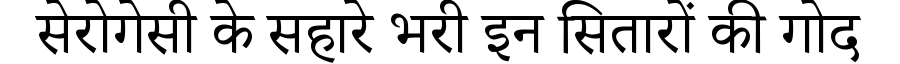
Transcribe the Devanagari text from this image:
सेरोगेसी के सहारे भरी इन सितारों की गोद